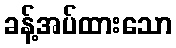
ခန့်အပ်ထားသော